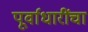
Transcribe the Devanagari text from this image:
पूर्वाधारींचा